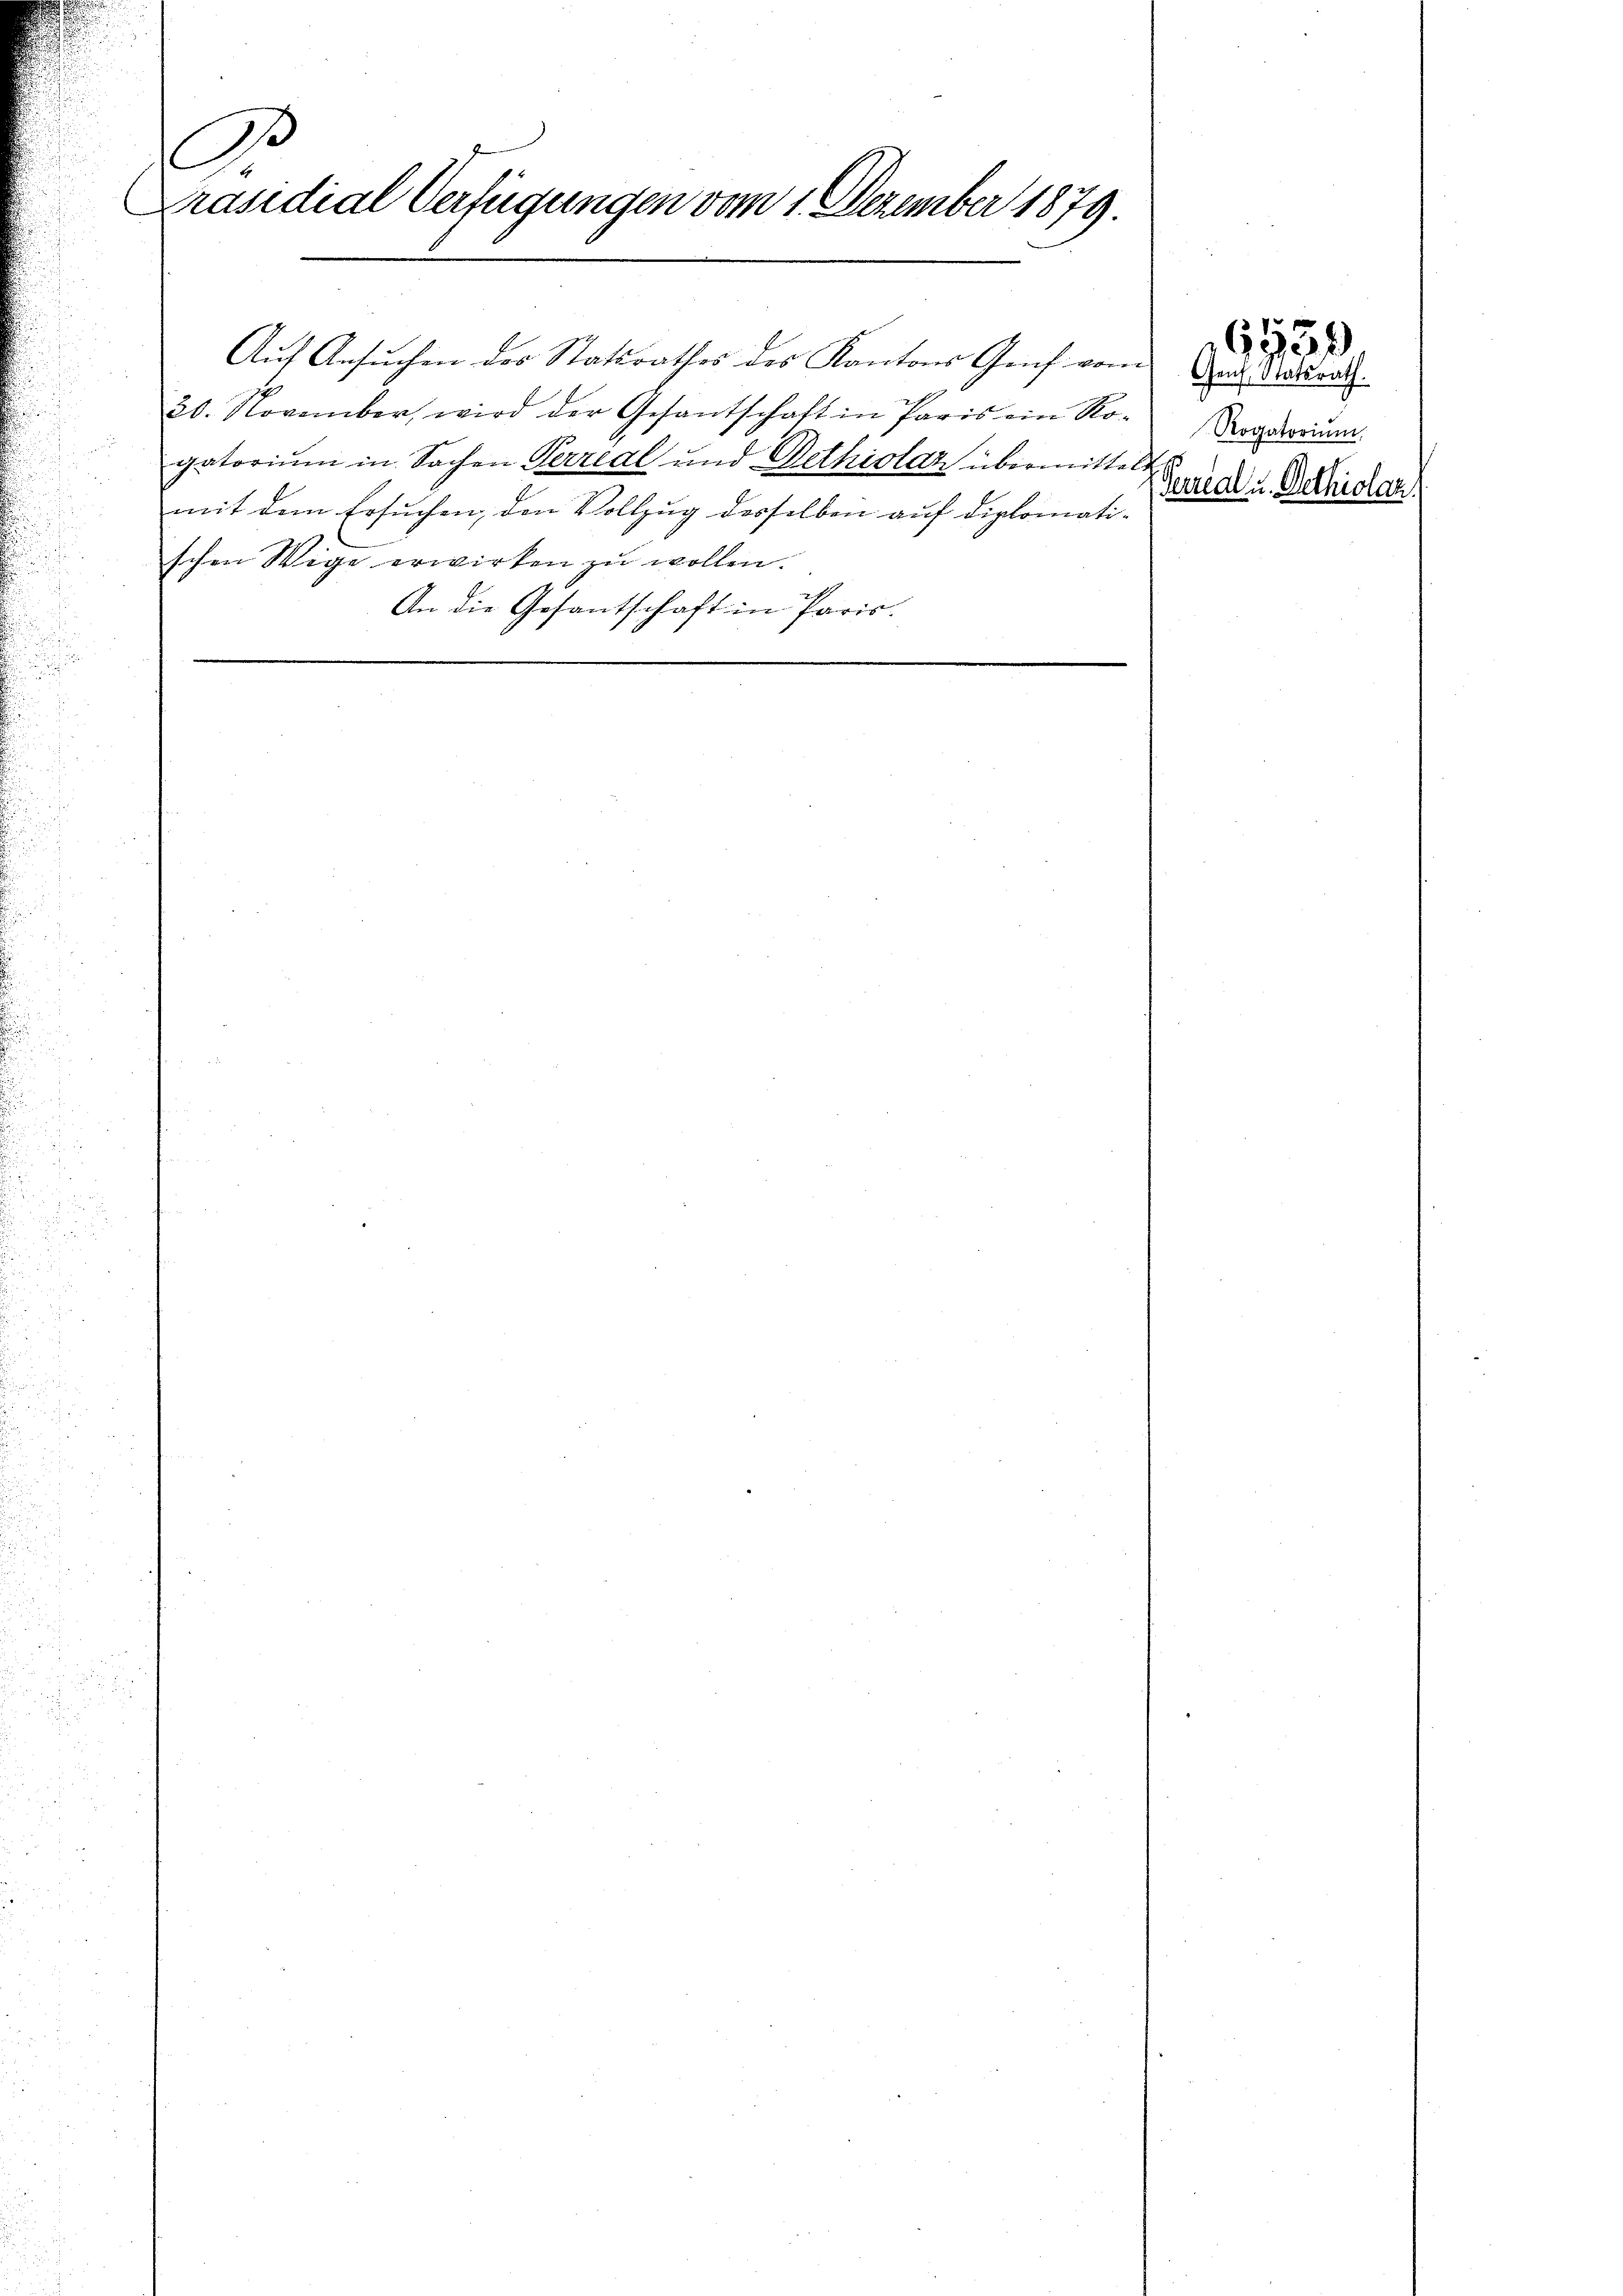
r

Präsidial Verfügungen vom 1. Dezember 1879.

20. November, wird der Gesantschaft in Paris ein Ro-
gatorium in Sachen Perreal und Dethiolaz übermittels
mit dem Ersuchen, den Vollzug desselben auf diplomati-
schen Wige erwirken zŭ wollen.
An die Gesantschaft in Paris.

Aŭf Ansuchen des Statsrathes des Kantons Genf vom

Genf, Statsrath.
Rogatorium,
Terrial u. Dethiolaz

673